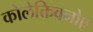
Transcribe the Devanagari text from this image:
कोलेक्तिवनोए